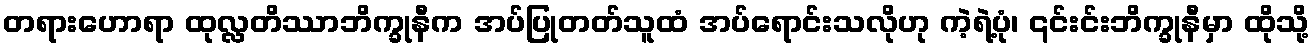
တရားဟောရာ ထုလ္လတိဿာဘိက္ခုနီက အပ်ပြုတတ်သူထံ အပ်ရောင်းသလိုဟု ကဲ့ရဲ့ပုံ၊ ၎င်းင်းဘိက္ခုနီမှာ ထိုသို့